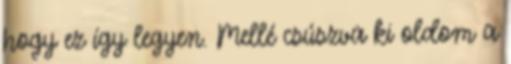
hogy ez így legyen. Mellé csúszva ki oldom a